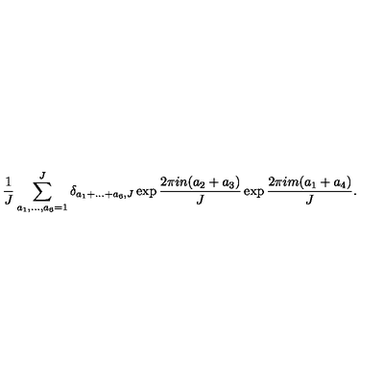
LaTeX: \frac { 1 } { J } \sum _ { a _ { 1 } , \ldots , a _ { 6 } = 1 } ^ { J } \delta _ { a _ { 1 } + \ldots + a _ { 6 } , J } \exp \frac { 2 \pi i n ( a _ { 2 } + a _ { 3 } ) } { J } \exp \frac { 2 \pi i m ( a _ { 1 } + a _ { 4 } ) } { J } .